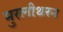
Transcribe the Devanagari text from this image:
मुरलीथरन